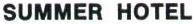
SUMMER HOTEL